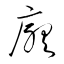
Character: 廳